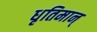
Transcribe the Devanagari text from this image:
धृतिमान्‌